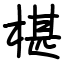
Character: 椹